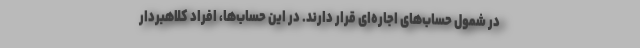
در شمول حساب‌های اجاره‌ای قرار دارند. در این حساب‌ها، افراد کلاهبردار